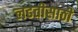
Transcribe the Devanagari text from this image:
लढतीसाठी